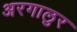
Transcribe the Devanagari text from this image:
अरगालुर